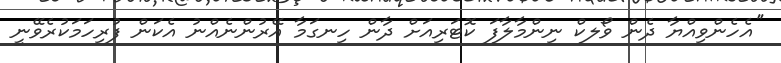
''އެހެންވިއްޔާ ދެން ވޯލކް ނިންމާލާފަ ކޮޓަރިއަށް ދާން ހިނގަމާ އޭރުންނެއްނު އެކަން ފުރިހަމަކުރެވޭނީ